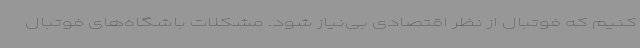
کنیم که فوتبال از نظر اقتصادی بی‌نیاز شود. مشکلات باشگاه‌های فوتبال